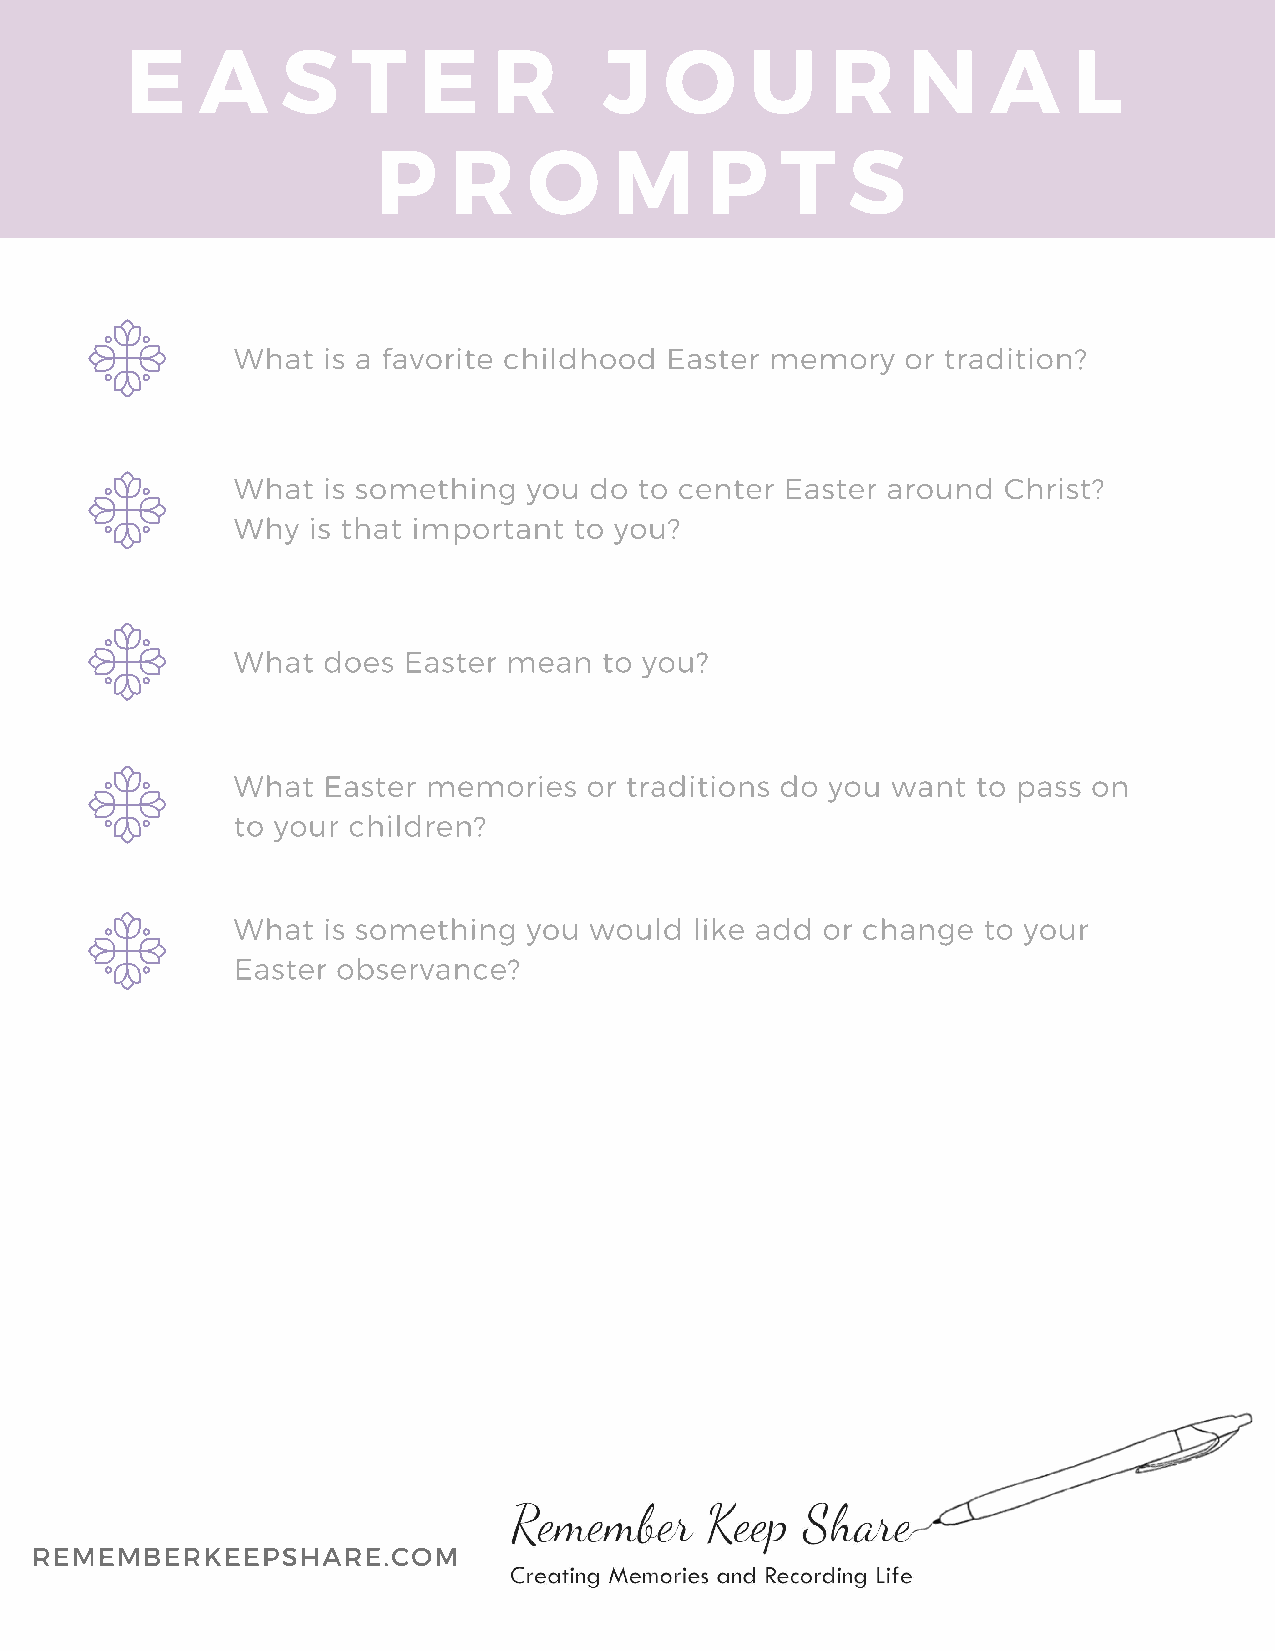
E    A     S   T    E    R      J   O     U    R    N     A    L
 P    R    O     M     P    T   S
 What  is a favorite childhood Easter memory  or tradition?
 What  is something  you do to center Easter around Christ?
 Why  is that important to you?
 What  does  Easter mean  to you?
 What  Easter memories   or traditions do you want to pass on
 to your children?
 What  is something  you would  like add or change to your
 Easter observance?
 REMEMBERKEEPSHARE.COM